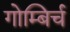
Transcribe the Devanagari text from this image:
गोम्बिर्च